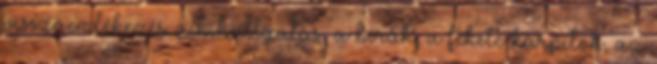
visszaemlékezés: a kihallgatás, a bírák, a fekete kárpitok, az